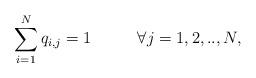
LaTeX: \begin{align*} \sum _{i=1}^{N}q_{i,j} =1 \; \; \; \; \; \; \; \; \; \; \forall j=1,2,..,N, \end{align*}